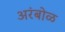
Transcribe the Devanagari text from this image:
अरंबोळ